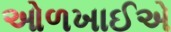
ઓળખાઈએ